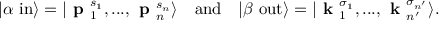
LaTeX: | \alpha \ \mathrm { i n } \rangle = | { \textbf { p } } _ { 1 } ^ { s _ { 1 } } , . . . , { \textbf { p } } _ { n } ^ { s _ { n } } \rangle \quad { \mathrm { a n d } } \quad | \beta \ \mathrm { o u t } \rangle = | { \textbf { k } } _ { 1 } ^ { \sigma _ { 1 } } , . . . , { \textbf { k } } _ { n ^ { \prime } } ^ { \sigma _ { n ^ { \prime } } } \rangle .